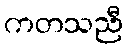
ကတသညီ